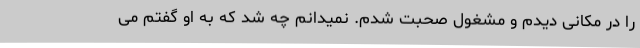
را در مکانی دیدم و مشغول صحبت شدم. نمیدانم چه شد که به او گفتم می